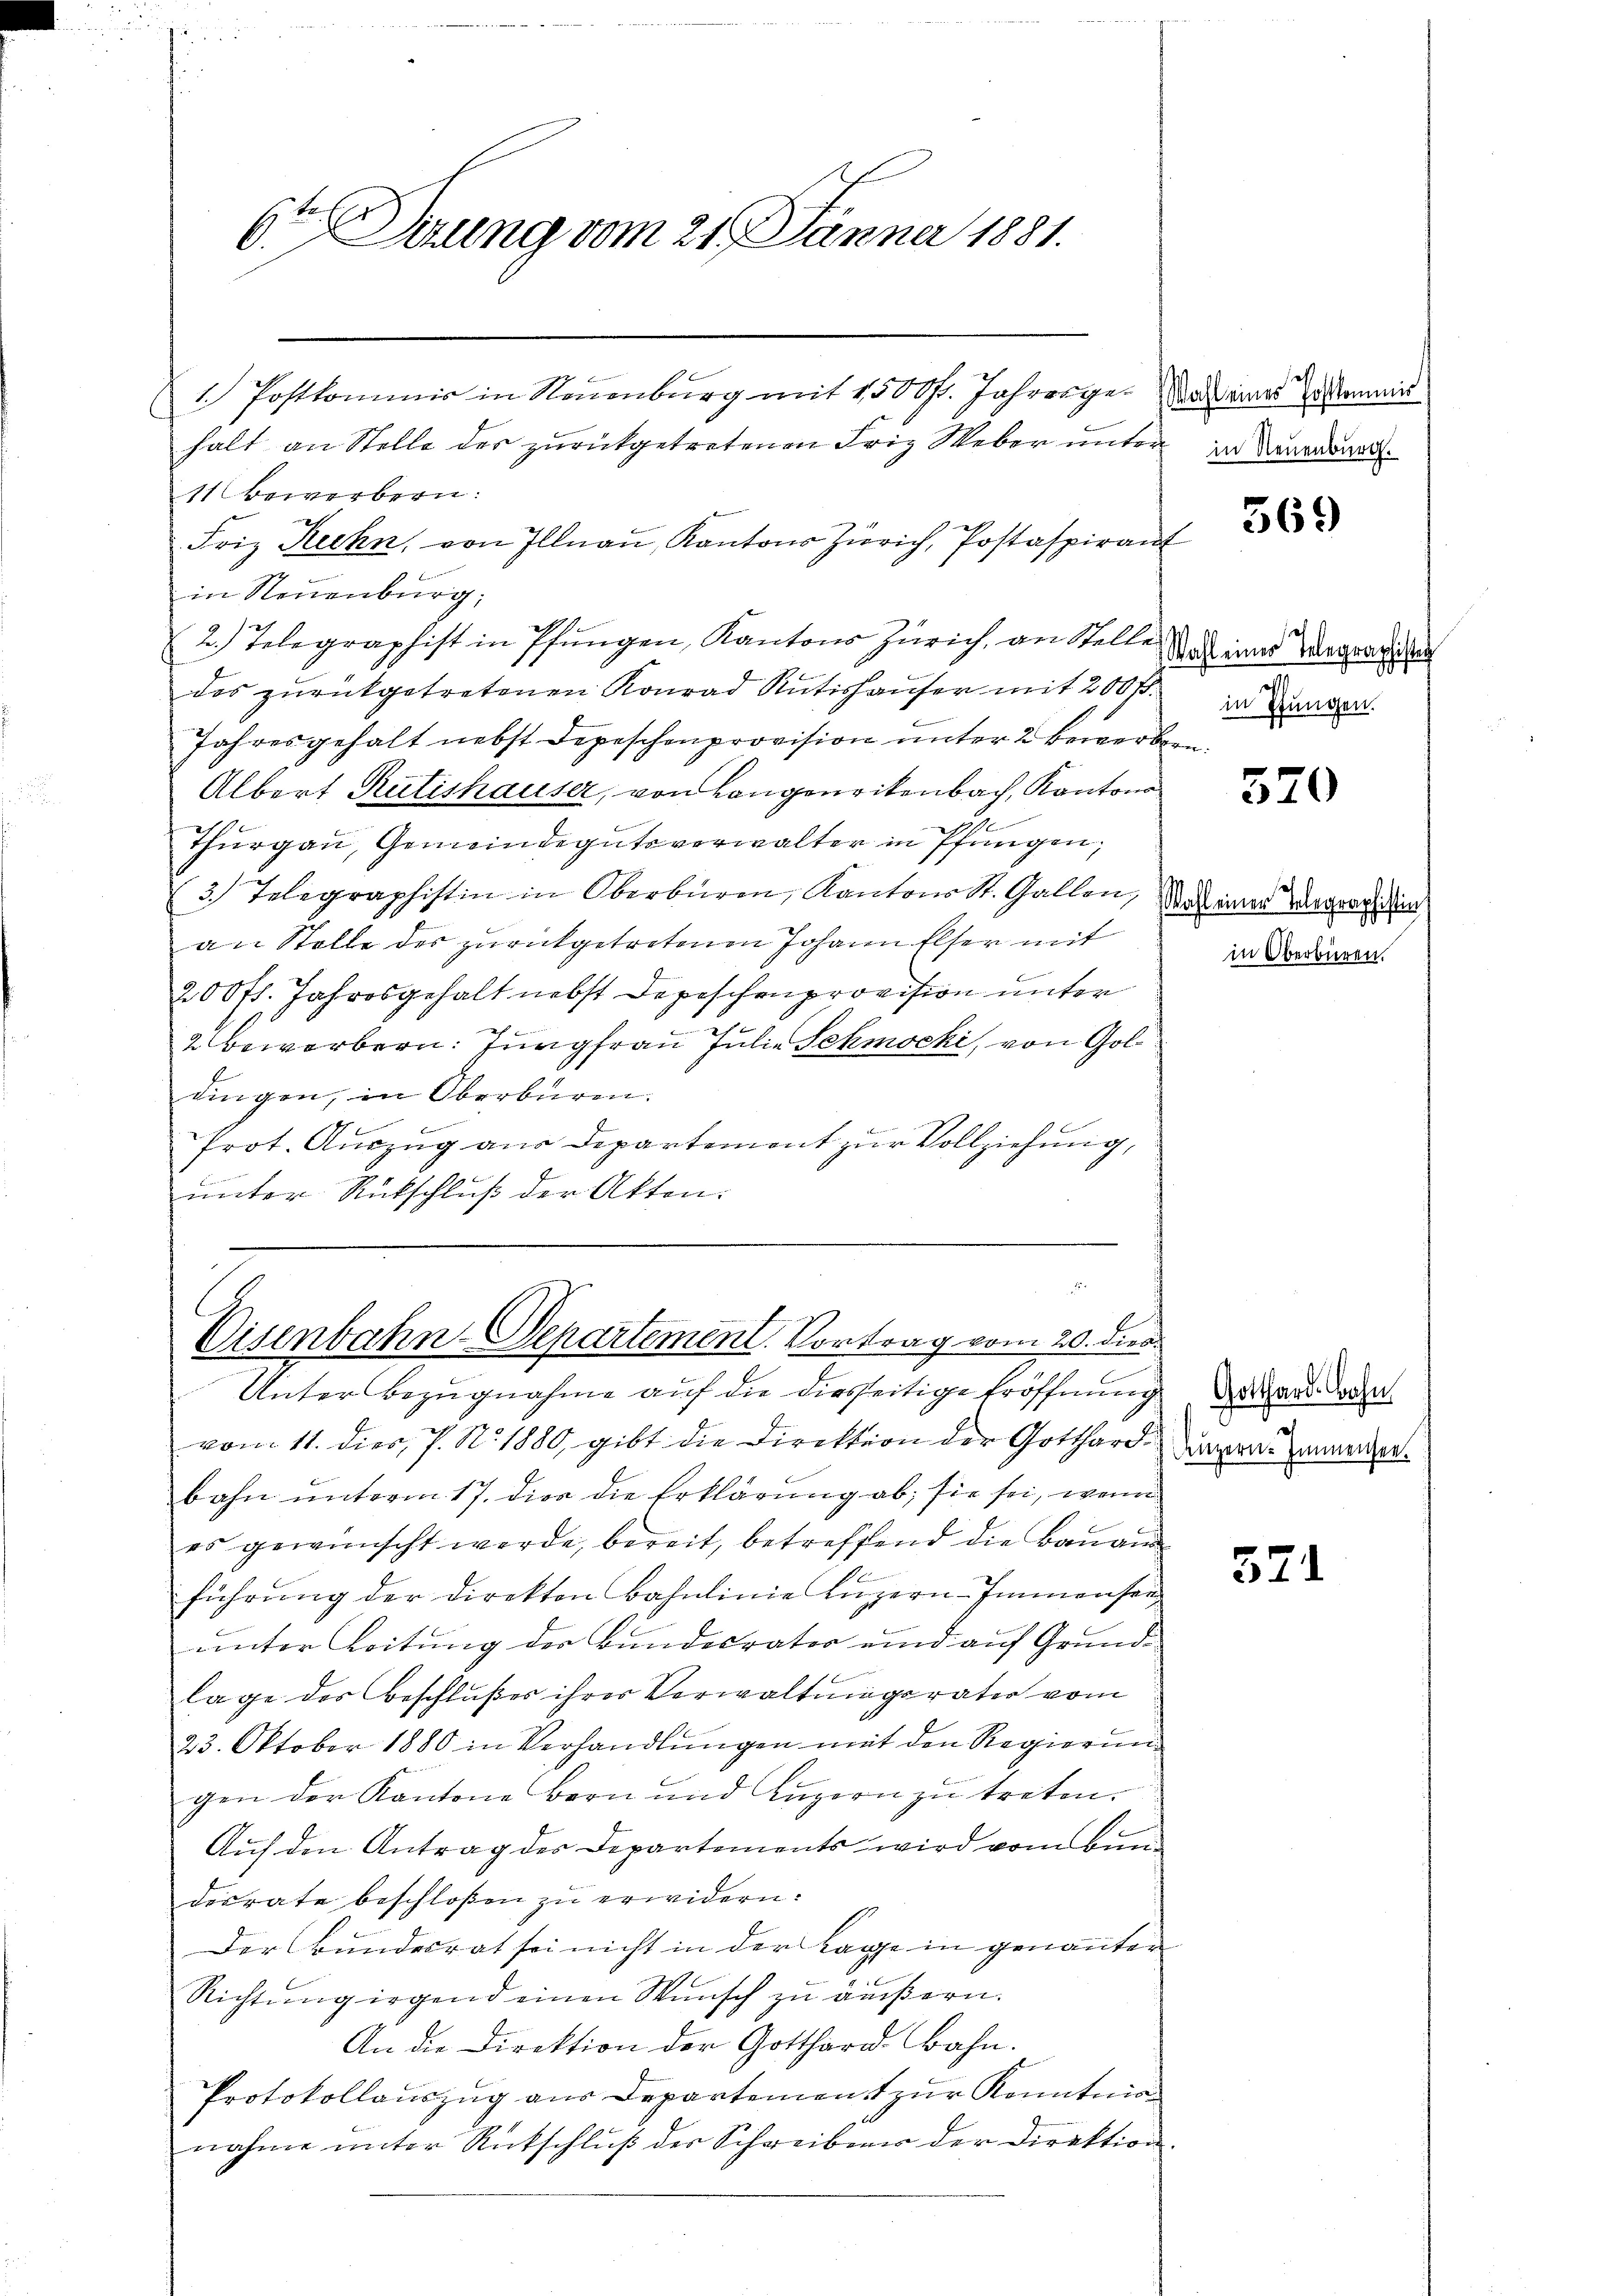
6ten Sitzung vom 21. Jänner 1881.

11 bewerbern.
Friz Rechn, von Illnau, Kantons Zürich, Postaspirant
in Neuenburg,
.
2.) Telegraphist in Pfungen, Kantons Zürich, an Stelle
des zurückgetretenen Konrad Rütishauser mit 200 fl.
Jahresgehalt nebst Depeschenprovision unter 2 Bewerben
Albert Rütishauser, von Langenrikenbach, Kantons
Thurgau, Gemeindegutsverwalter in Pfungen,
3.) Telegraphistin in Oberbüren, Kantons St. Gallen,
an Stelle des zurückgetretenen Johann Elser mit
200 fl. Jahresgehalt nebst Depeschenprovision unter
2 beworbern. Jungfrau Julie Schmocki, von Gol
dingen, in Oberbüren.
Prot. Aŭszŭg aŭs Departement zur Vollziehung,
unter Rückschluß der Akten.

1) Postkommis in Neuenburg mit 1500fr. Jahrenge das wird dem
halt an Stelle der zurückgetretenen Friz Weber unter in Neuerden.

.
Disenbahn-Departement. Vortrag vom 20. dies

Unter Bezugnahme auf die diesseitige Eröffnung der Hand den
vom 11. dies, P. N. 1880, gibt die Direktion der Gotthardbahn unterm 17. die die Erklärung ab, sie sei, wenn
es gewünscht werde, bereit, betreffend die Bauand
führung der Direkton Bahnlinie anzern Immensen
unter Leitung der Bundesrater und auf Grund-
lage des Beschlußes ihres Verwaltungsrater vom
23. Oktober 1880 in Verhandlungen mit den Regierung
gen der Kantone Bern und Luzern zu treten.
Auf den Antrag der Departements wird vom Bundesrate beschloßen zu erwidern.
Der Bundesrat sei nicht in der Lage in genannter
Richtŭng irgend einen Wunsch zu äußern.
An die Direktion der Gotthard Bahn.
Protokollauszug aus Departement zur Kanntma
nahme unter Rückschluß der Schreiben der Direktion.

569

Wahl einer Telegraphistig
I
in Pfungen.

570

Wahl einer Telegraphistin
in Oberbüren.

Luzern. Immensee.

57